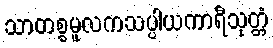
သာတစ္စမူလကသပ္ပါယကာရီသုတ္တံ